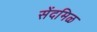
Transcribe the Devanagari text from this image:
सेंदमिळ